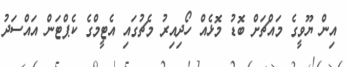
އިން ޔޫވީގެ މައްޗަށް ބޮޑު މޮޅެއް ހޯދިއިރު މެޗުގައި އެޓީމްގެ ކެޕްޓަން އައްސަދު